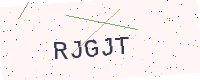
Text: RJGJT